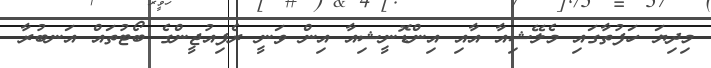
މިިދިޔަ ހަފުތާގައި މެލޭޝިއާ އާއި އިންޑޮނީޝިއާ އިން ވަނީ ރެފިއުޖީންގެ ބޯޓުތައް އަނބުރާ